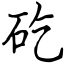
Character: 矻